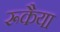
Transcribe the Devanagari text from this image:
रूकैया